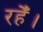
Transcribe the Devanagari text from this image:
रहेँ।